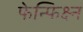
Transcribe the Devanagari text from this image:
फेन्फिक्ष्न